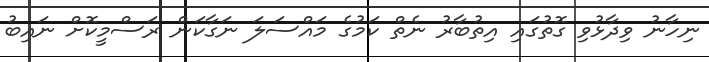
ނިހާނު ވިދާޅުވި ގޮތުގައި އިތުބާރު ނެތް ކަމުގެ މައްސަލަ ނަގާކަން ރަސްމީކޮށް ނައިބު